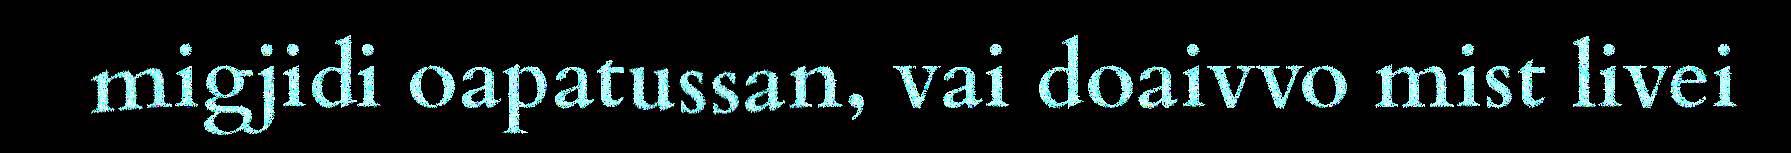
migjidi oapatussan, vai doaivvo mist livei